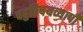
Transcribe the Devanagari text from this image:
बहुविषयव्यापी